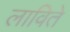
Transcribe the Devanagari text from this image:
लाविते